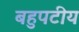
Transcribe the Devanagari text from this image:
बहुपटीय